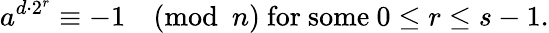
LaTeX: a^{d\cdot 2^{r}}\equiv-1{\pmod{n}}{\mathrm{~for~some~}}0\leq r\leq s-1.